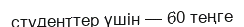
студенттер үшін — 60 теңге